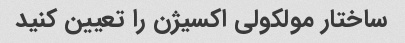
ساختار مولکولی اکسیژن را تعیین کنید